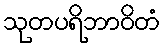
သုတပရိဘာဝိတံ